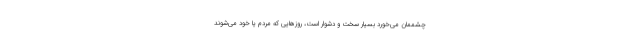
چشممان می‌خورد بسیار سخت و دشوار است، روزهایی که مردم یا خود می‌شوند